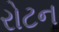
રોટન